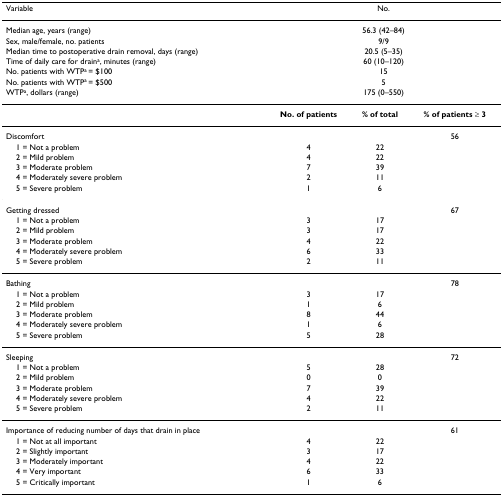
<table><thead><tr><td><b>Variable</b></td><td colspan="3"><b>No.</b></td></tr></thead><tbody><tr><td>Median age, years (range)</td><td colspan="3">56.3 (42–84)</td></tr><tr><td>Sex, male/female, no. patients</td><td colspan="3">9/9</td></tr><tr><td>Median time to postoperative drain removal, days (range)</td><td colspan="3">20.5 (5–35)</td></tr><tr><td>Time of daily care for drain<sup>a</sup>, minutes (range)</td><td colspan="3">60 (10–120)</td></tr><tr><td>No. patients with WTP<sup>a </sup>= $100</td><td colspan="3">15</td></tr><tr><td>No. patients with WTP<sup>a </sup>= $500</td><td colspan="3">5</td></tr><tr><td>WTP<sup>a</sup>, dollars (range)</td><td colspan="3">175 (0–550)</td></tr><tr><td></td><td><b>No. of patients</b></td><td><b>% of total</b></td><td><b>% of patients ≥ 3</b></td></tr><tr><td>Discomfort</td><td></td><td></td><td>56</td></tr><tr><td> 1 = Not a problem</td><td>4</td><td>22</td><td></td></tr><tr><td> 2 = Mild problem</td><td>4</td><td>22</td><td></td></tr><tr><td> 3 = Moderate problem</td><td>7</td><td>39</td><td></td></tr><tr><td> 4 = Moderately severe problem</td><td>2</td><td>11</td><td></td></tr><tr><td> 5 = Severe problem</td><td>1</td><td>6</td><td></td></tr><tr><td>Getting dressed</td><td></td><td></td><td>67</td></tr><tr><td> 1 = Not a problem</td><td>3</td><td>17</td><td></td></tr><tr><td> 2 = Mild problem</td><td>3</td><td>17</td><td></td></tr><tr><td> 3 = Moderate problem</td><td>4</td><td>22</td><td></td></tr><tr><td> 4 = Moderately severe problem</td><td>6</td><td>33</td><td></td></tr><tr><td> 5 = Severe problem</td><td>2</td><td>11</td><td></td></tr><tr><td>Bathing</td><td></td><td></td><td>78</td></tr><tr><td> 1 = Not a problem</td><td>3</td><td>17</td><td></td></tr><tr><td> 2 = Mild problem</td><td>1</td><td>6</td><td></td></tr><tr><td> 3 = Moderate problem</td><td>8</td><td>44</td><td></td></tr><tr><td> 4 = Moderately severe problem</td><td>1</td><td>6</td><td></td></tr><tr><td> 5 = Severe problem</td><td>5</td><td>28</td><td></td></tr><tr><td>Sleeping</td><td></td><td></td><td>72</td></tr><tr><td> 1 = Not a problem</td><td>5</td><td>28</td><td></td></tr><tr><td> 2 = Mild problem</td><td>0</td><td>0</td><td></td></tr><tr><td> 3 = Moderate problem</td><td>7</td><td>39</td><td></td></tr><tr><td> 4 = Moderately severe problem</td><td>4</td><td>22</td><td></td></tr><tr><td> 5 = Severe problem</td><td>2</td><td>11</td><td></td></tr><tr><td>Importance of reducing number of days that drain in place</td><td></td><td></td><td>61</td></tr><tr><td> 1 = Not at all important</td><td>4</td><td>22</td><td></td></tr><tr><td> 2 = Slightly important</td><td>3</td><td>17</td><td></td></tr><tr><td> 3 = Moderately important</td><td>4</td><td>22</td><td></td></tr><tr><td> 4 = Very important</td><td>6</td><td>33</td><td></td></tr><tr><td> 5 = Critically important</td><td>1</td><td>6</td><td></td></tr></tbody></table>